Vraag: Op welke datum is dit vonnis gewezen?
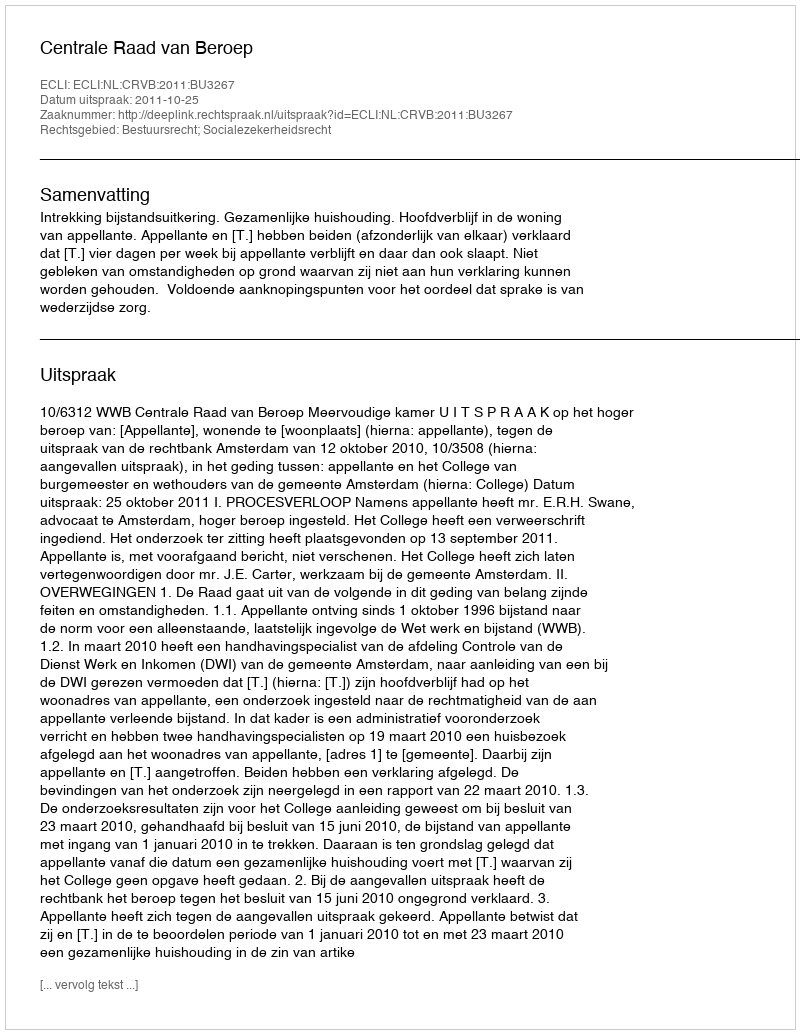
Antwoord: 2011-10-25